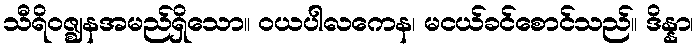
သီရိဝဇ္ဈနအမည်ရှိသော။ ဝယပါလကေန၊ မငယ်ခင်စောင်သည်။ ဒိန္နာ၊